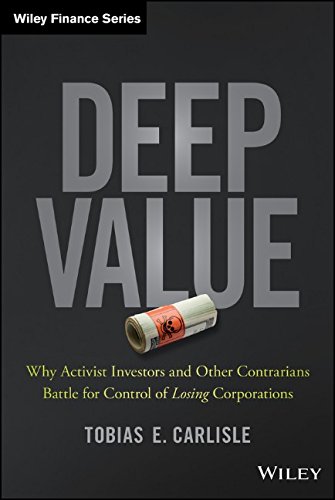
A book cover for Deep Value: Why Activist Investors and Other Contrarians Battle for Control of Losing Corporations (Wiley Finance); Tobias E. Carlisle; Business & Money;